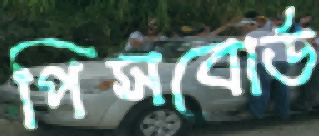
পিসবোর্ড